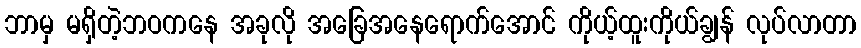
ဘာမှ မရှိတဲ့ဘဝကနေ အခုလို အခြေအနေရောက်အောင် ကိုယ့်ထူးကိုယ်ချွန် လုပ်လာတာ